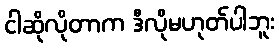
ငါဆိုလိုတာက ဒီလိုမဟုတ်ပါဘူး